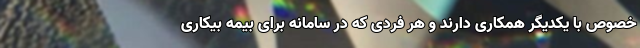
خصوص با یکدیگر همکاری دارند و هر فردی که در سامانه برای بیمه بیکاری